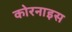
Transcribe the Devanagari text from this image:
कोरनाइस